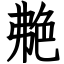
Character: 艴